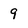
Character: 9